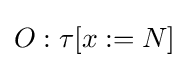
O:\tau [x:=N]